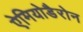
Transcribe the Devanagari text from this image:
ऐमियोडैरोन